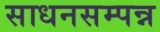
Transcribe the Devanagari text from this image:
साधनसम्पन्न